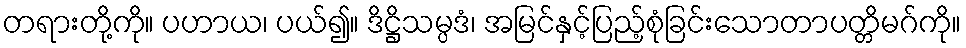
တရားတို့ကို။ ပဟာယ၊ ပယ်၍။ ဒိဋ္ဌိသမ္ပဒံ၊ အမြင်နှင့်ပြည့်စုံခြင်းသောတာပတ္တိမဂ်ကို။